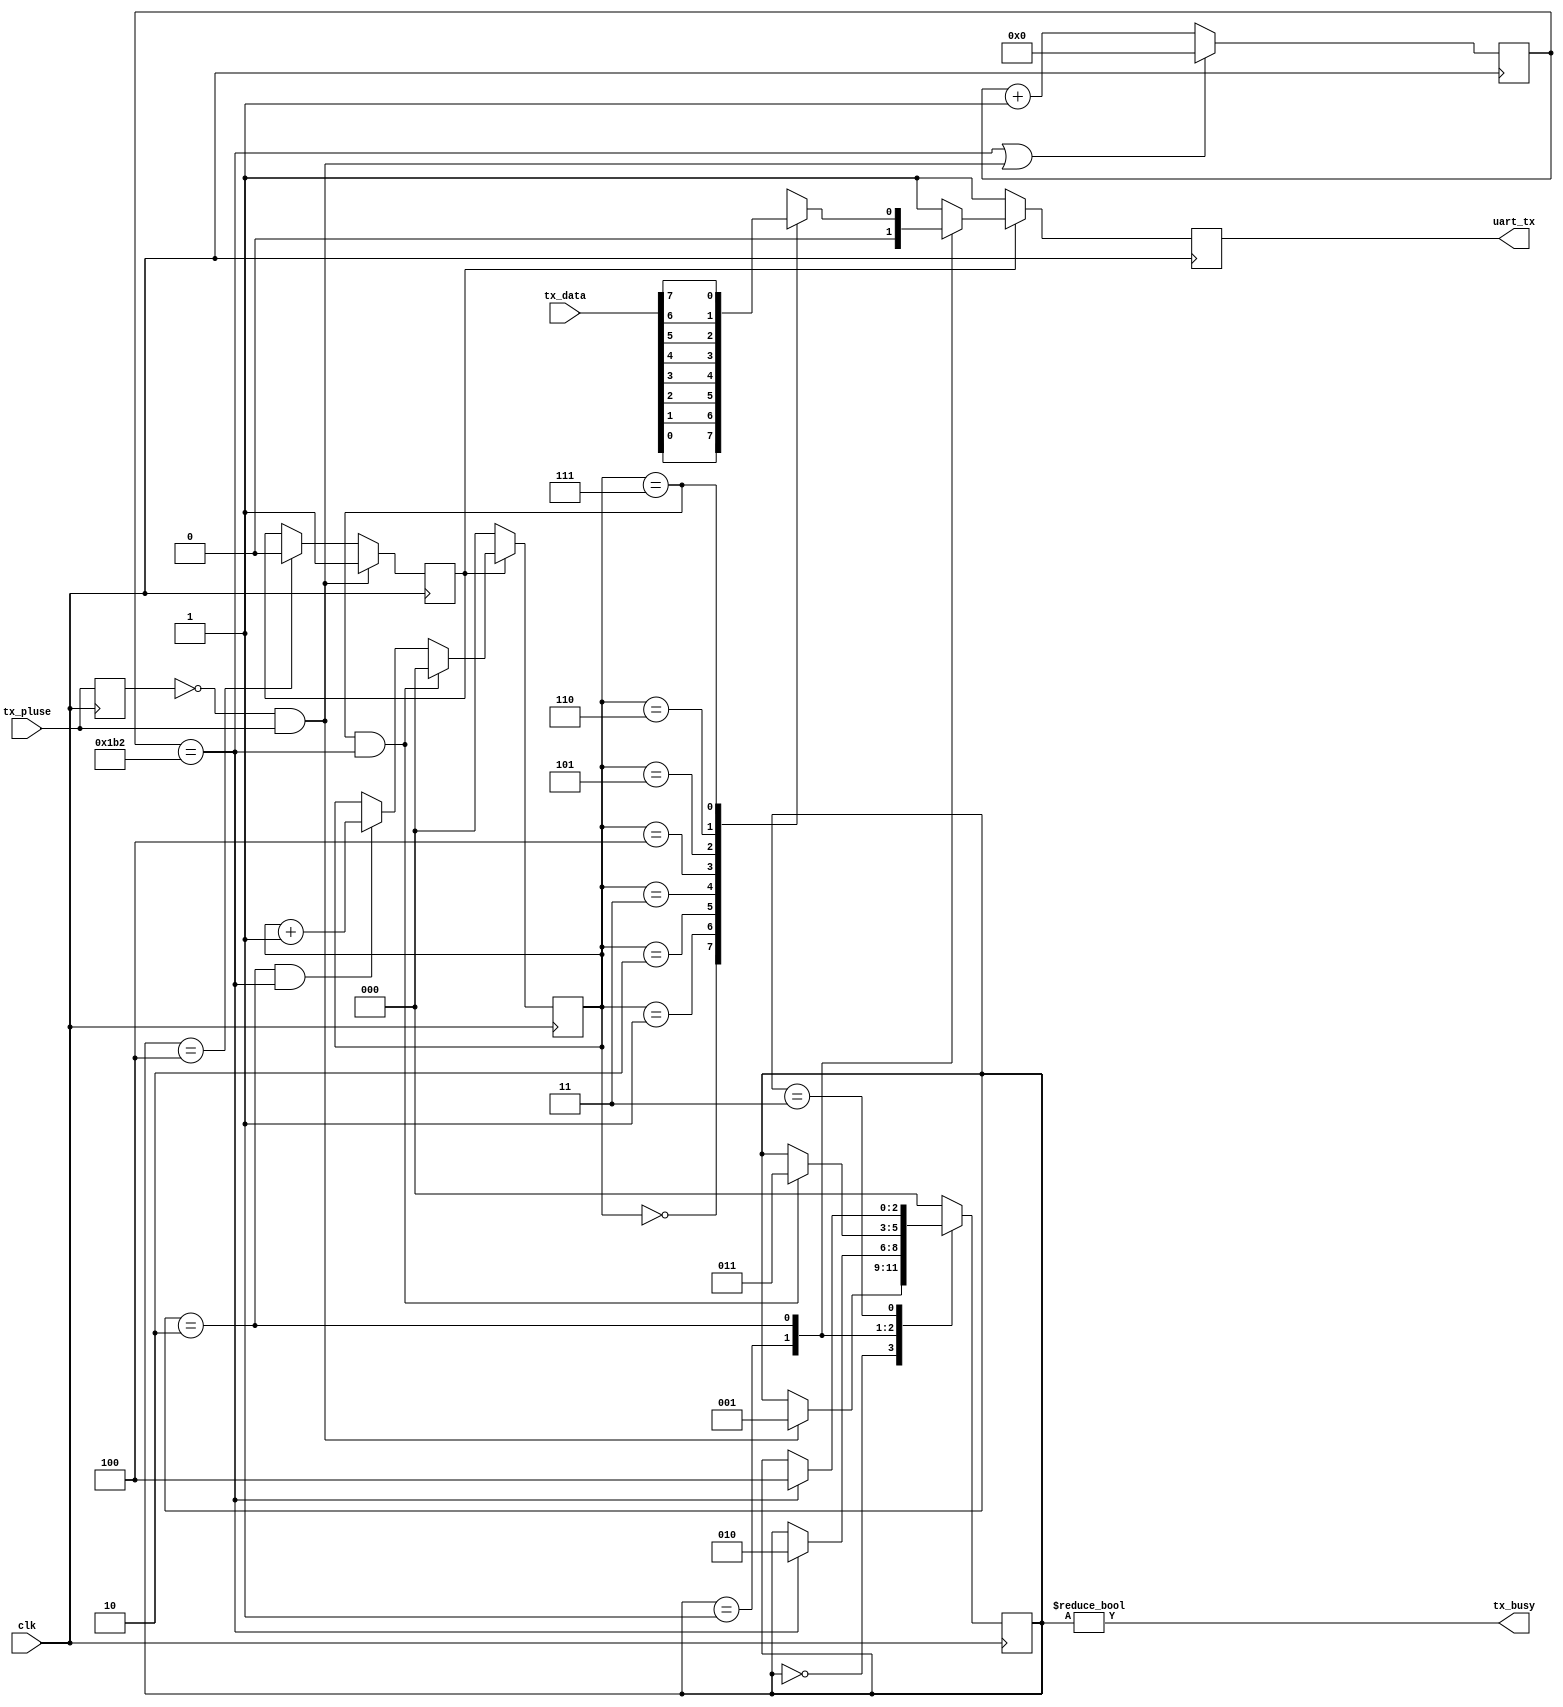
`timescale 1ns / 1ps
//////////////////////////////////////////////////////////////////////////////////
// Company:Meyesemi 
// 
// Design Name:  
// Module Name: 
// Project Name: 
// Target Devices: Pango
// Tool Versions: 
// Description: 
//      
// Dependencies: 
// 
// Revision:
// Revision 1.0 - File Created
// Additional Comments:
// 
//////////////////////////////////////////////////////////////////////////////////

`define UD #1

module uart_tx #(
    parameter            BPS_NUM  =    16'd434
//  4800bit:50MHz set 10417  40MHz set 8333
//  9600bit:50MHz set 5208   40MHz set 4167
//  115200bit:50MHz set 434  40MHz set 347 12M set 104
)
(
    input          clk,         // clock                                   
    input [7:0]    tx_data,     // uart tx data signal byte              
    input          tx_pluse,    // uart tx enable signal,rising is active; 
                   
    output reg     uart_tx,     // uart tx transmit data line              
    output         tx_busy      // uart tx module work states,high is busy;
);

    //==========================================================================
    //wire and reg in the module
    //==========================================================================
    reg             tx_pluse_reg =0;
    
    reg	[2:0]	    tx_bit_cnt=0;	//the bits number has transmited.
                  
    reg	[2:0]	    tx_state=0;		//current state of tx state machine.
    reg	[2:0]	    tx_state_n=0;	//next state of tx state machine.
                  
    reg	[3:0]	    pluse_delay_cnt=0;
    reg             tx_en = 0;

    // uart tx state machine's state
    localparam  IDLE	   = 4'h0;	//tx state machine's state.
    localparam  SEND_START = 4'h1;	//tx state machine's state.start
    localparam  SEND_DATA  = 4'h2;	//tx state machine's state.
    localparam  SEND_STOP  = 4'h3;	//tx state machine's state.stop
    localparam  SEND_END   = 4'h4;	//tx state machine's state.
    
    // uart bps set  the clk's frequency is 50MHz
    reg	[15:0]	  clk_div_cnt=0;	//count for division the clock. 

    //==========================================================================
    //logic
    //==========================================================================
    assign tx_busy = (tx_state != IDLE); //8bit
    //some control single.
    
    always @(posedge clk)
    begin
        tx_pluse_reg <= `UD tx_pluse;
    end
    
    // uart   //pulseen
    always @(posedge clk)
    begin
        if(~tx_pluse_reg & tx_pluse)
            tx_en <= 1'b1;
        else if(tx_state == SEND_END)
            tx_en <= 1'b0;
    end
    
    //division the clock to satisfy baud rate.
    always @ (posedge clk)
    begin
        if(clk_div_cnt == BPS_NUM || (~tx_pluse_reg & tx_pluse)) //  1bit 
            clk_div_cnt   <= `UD 16'h0;
        else
            clk_div_cnt   <= `UD clk_div_cnt + 16'h1;
    end
    
    //count the number has transmited.bit
    always @ (posedge clk)
    begin
        if(!tx_en)
            tx_bit_cnt    <= `UD 3'h0;
        else if((tx_bit_cnt == 3'h7) && (clk_div_cnt == BPS_NUM))
            tx_bit_cnt    <= `UD 3'h0;
        else if((tx_state == SEND_DATA) && (clk_div_cnt == BPS_NUM))
            tx_bit_cnt    <= `UD tx_bit_cnt + 3'h1;
        else 
            tx_bit_cnt    <= `UD tx_bit_cnt;
    end
    
    //==========================================================================
    //transmitter state machine
    //==========================================================================
    
    //   state change 
    always @(posedge clk)
    begin
        tx_state <= tx_state_n;
    end
    
    //   state change condition 
    always @ (*)
    begin
      case(tx_state)
        IDLE   	:  
        begin
            if(~tx_pluse_reg & tx_pluse)   //16start //
    	        tx_state_n = SEND_START;
    	    else
    	        tx_state_n = tx_state;
    	end
        SEND_START	:  
        begin
            if(clk_div_cnt == BPS_NUM)               //
    	        tx_state_n = SEND_DATA;
    	    else
    		    tx_state_n = tx_state;
    	end
        SEND_DATA	:  
        begin
            if(tx_bit_cnt == 3'h7 && clk_div_cnt == BPS_NUM)    //88bitstop
    	        tx_state_n = SEND_STOP;
    	    else
    		    tx_state_n = tx_state;
    	end
        SEND_STOP	:  
        begin
            if(clk_div_cnt == BPS_NUM)              //1
    	        tx_state_n = SEND_END;
    	    else
    		    tx_state_n = tx_state;
        end
        SEND_END	:  tx_state_n = IDLE;
        default	:  tx_state_n = IDLE;
      endcase
    end
    
    //   logical ouput  
    always @ (posedge clk)
    begin
      if(tx_en)
      begin
          case(tx_state)
              IDLE       :  uart_tx  <= `UD 1'h1;           //
              SEND_START :  uart_tx  <= `UD 1'h0;           //start
              SEND_DATA  :                                  //bit
              begin
                  case(tx_bit_cnt)
                      3'h0  :  uart_tx  <= `UD tx_data[0];
                      3'h1  :  uart_tx  <= `UD tx_data[1];
                      3'h2  :  uart_tx  <= `UD tx_data[2];
                      3'h3  :  uart_tx  <= `UD tx_data[3];
                      3'h4  :  uart_tx  <= `UD tx_data[4];
                      3'h5  :  uart_tx  <= `UD tx_data[5];
                      3'h6  :  uart_tx  <= `UD tx_data[6];
                      3'h7  :  uart_tx  <= `UD tx_data[7];
                      default: uart_tx  <= `UD 1'h1;
                  endcase
              end
              SEND_STOP  :  uart_tx  <= `UD 1'h1;          // 1
              default    :  uart_tx  <= `UD 1'h1;          // 
          endcase
      end
      else
          uart_tx <= `UD 1'h1;
    end
    
    endmodule